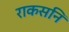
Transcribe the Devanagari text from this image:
राकसनि